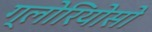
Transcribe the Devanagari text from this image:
ग्लोरियोसो